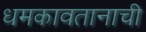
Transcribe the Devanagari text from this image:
धमकावतानाची